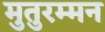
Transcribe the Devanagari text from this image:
मुतुरम्मन